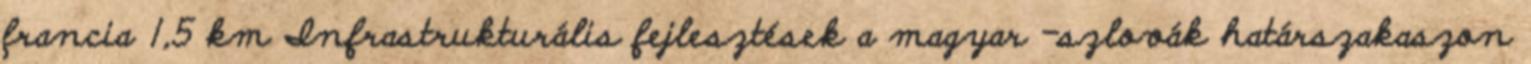
francia 1,5 km Infrastrukturális fejlesztések a magyar –szlovák határszakaszon